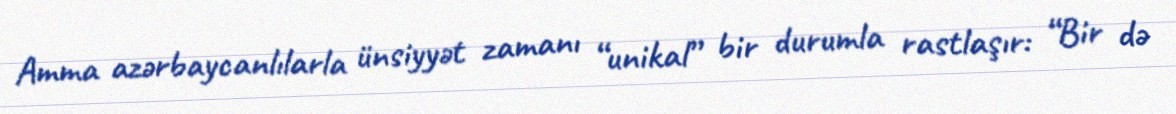
Amma azərbaycanlılarla ünsiyyət zamanı “unikal” bir durumla rastlaşır: “Bir də